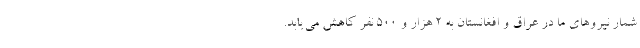
شمار نیروهای ما در عراق و افغانستان به ۲ هزار و ۵۰۰ نفر کاهش می‌یابد.